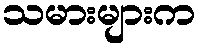
သမားများက